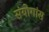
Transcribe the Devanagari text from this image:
संयोगांस